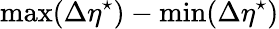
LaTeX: \mathrm{max}(\Delta\eta^{\star})-\mathrm{min}(\Delta\eta^{\star})